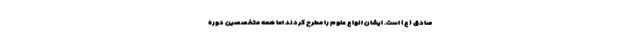
صادق (ع) است. ایشان انواع علوم را مطرح کردند اما همه متخصصین دوره